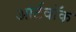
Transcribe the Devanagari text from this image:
आर्टवॉक